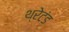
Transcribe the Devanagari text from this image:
थ्रेटंड